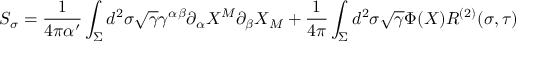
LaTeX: { \cal S } _ { \sigma } = \frac { 1 } { 4 \pi \alpha ^ { \prime } } \int _ { \Sigma } d ^ { 2 } \sigma \sqrt { \gamma } \gamma ^ { \alpha \beta } \partial _ { \alpha } X ^ { M } \partial _ { \beta } X _ { M } + \frac { 1 } { 4 \pi } \int _ { \Sigma } d ^ { 2 } \sigma \sqrt { \gamma } \Phi ( X ) R ^ { ( 2 ) } ( \sigma , \tau )